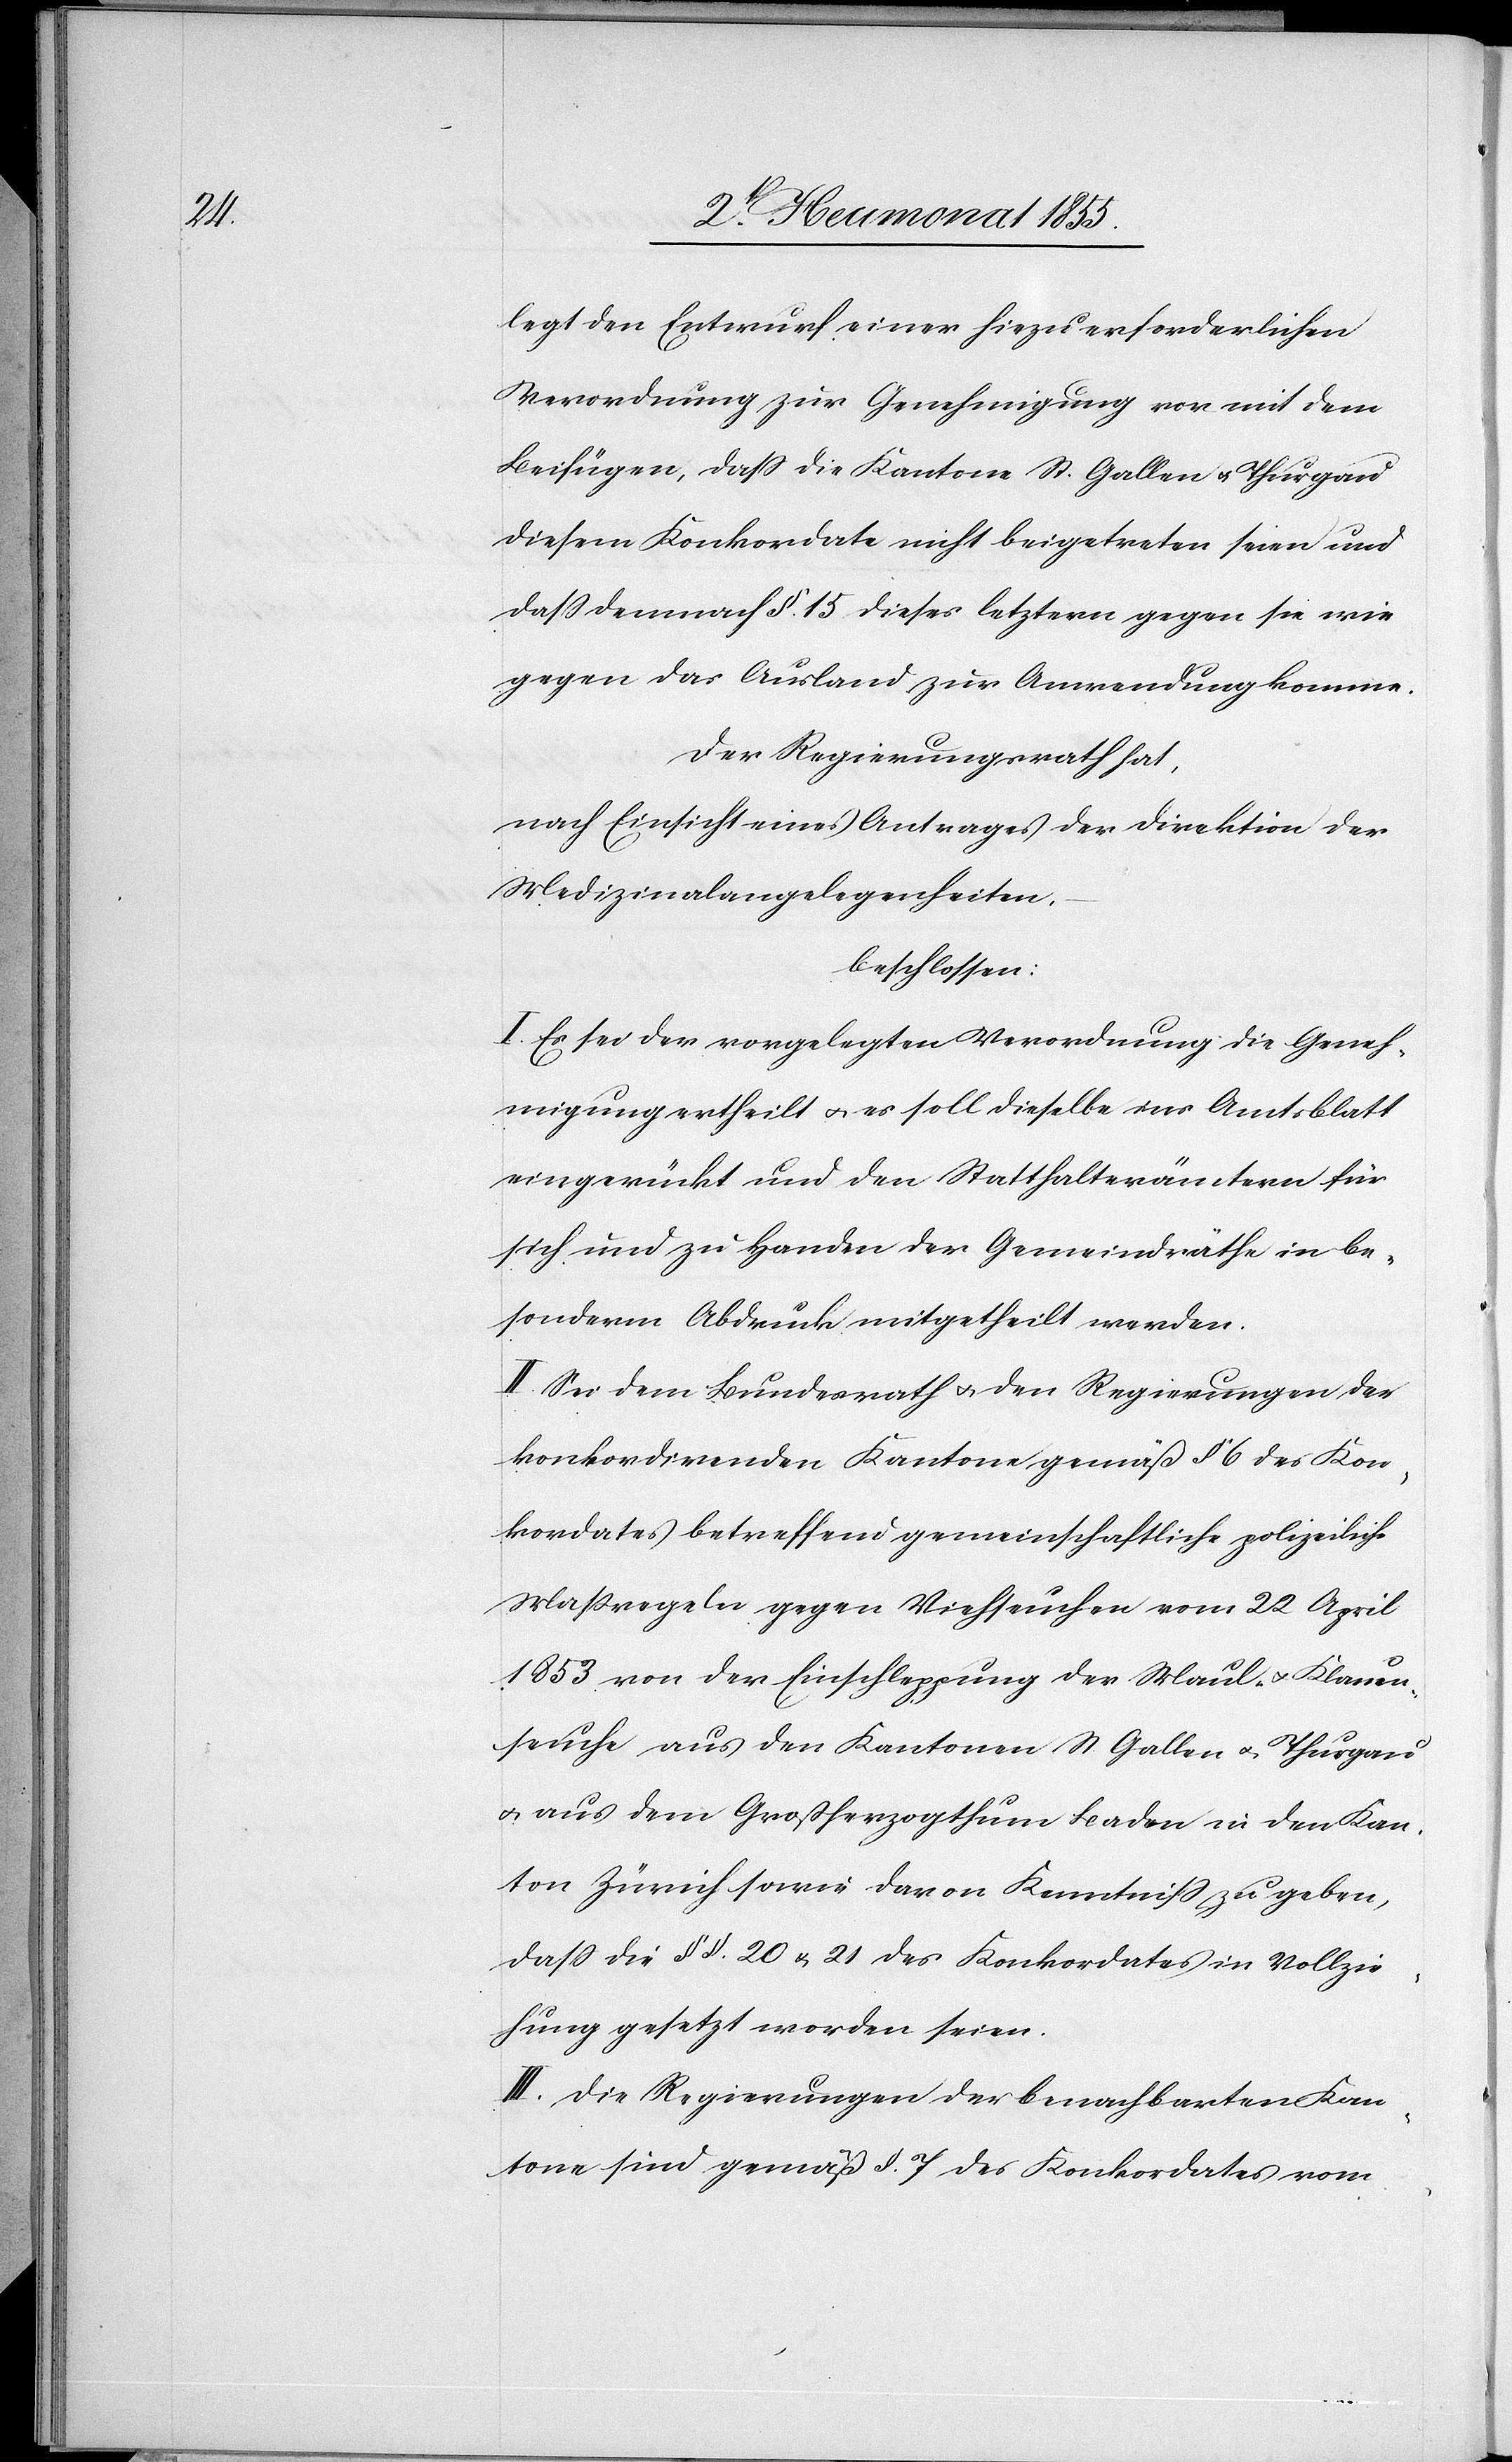
legt den Entwurf einer hiezu erforderlichen
Verordnung zur Genehmigung vor mit dem
Beifügen, dass die Kantone St. Gallen & Thurgau
diesem Konkordate nicht beigetreten seien und
dass demnach § 15 dieses letztern gegen sie wie
gegen das Ausland zur Anwendung komme.
Der Regierungsrath hat,
nach Einsicht eines Antrages der Direktion der
Medizinalangelegenheiten,
beschlossen:
I. Es sei der vorgelegten Verordnung die Geneh¬
migung ertheilt & es soll dieselbe ins Amtsblatt
eingerückt und den Statthalterämtern für
sich und zu Handen der Gemeindräthe in be¬
sonderm Abdruck mitgetheilt werden.
II. Sei dem Bundesrath & den Regierungen der
konkordirenden Kantone gemäß § 6 des Kon¬
kordates betreffend gemeinschaftliche polizeiliche
Massregeln gegen Viehseuchen vom 22 April
1853 von der Einschleppung der Maul- & Klauen¬
seuche aus den Kantonen St. Gallen & Thurgau
& aus dem Großherzogthum Baden in den Kan¬
ton Zürich sowie davon Kenntniss zu geben,
dass die §§. 20 & 21 des Konkordates in Vollzie¬
hung gesetzt worden seien.
III. Die Regierungen der benachbarten Kan¬
tone sind gemäß §. 7 des Konkordates vom